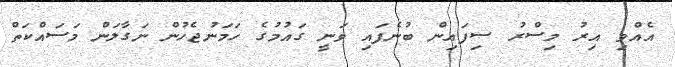
އެއްވި އިރު މިސްރު ސިފައިން ބުނެފައި ވަނީ ގައުމުގެ ހަމަނުޖެހުން ނަގާލަން މަސައްކަތް